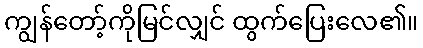
ကျွန်တော့်ကိုမြင်လျှင် ထွက်ပြေးလေ၏။